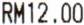
RM12.00